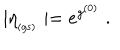
LaTeX: \mid \eta _ { _ \mathrm { ( g s ) } } \mid = e ^ { g ^ { ( 0 ) } } \; .